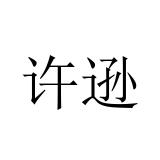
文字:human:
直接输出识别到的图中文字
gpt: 许逊